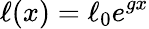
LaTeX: \ell(x)=\ell_{0}e^{gx}